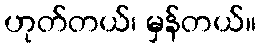
ဟုတ်တယ်၊ မှန်တယ်။